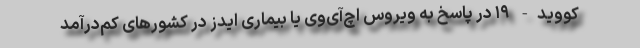
کووید- ۱۹ در پاسخ به ویروس اچ‌آی‌وی یا بیماری ایدز در کشورهای کم‌درآمد